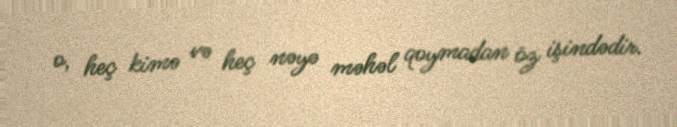
o, heç kimə və heç nəyə məhəl qoymadan öz işindədir.